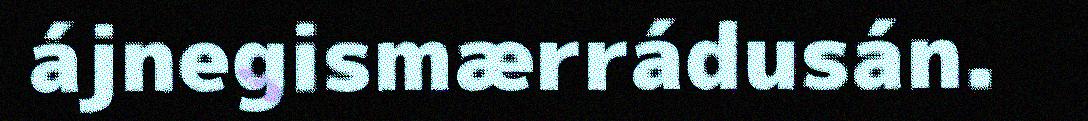
ájnegismærrádusán.